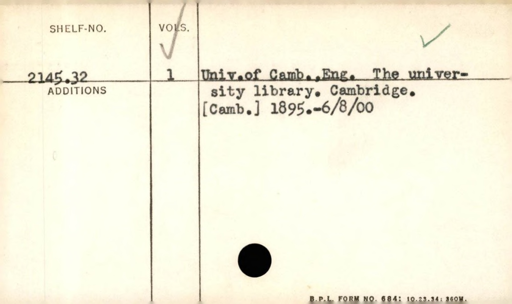
Label: content